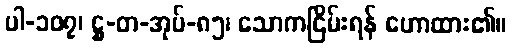
ပါ-၁၀၇၊ ဋ္ဌ-တ-အုပ်-၈၅၊ သောကငြိမ်းရန် ဟောထား၏။